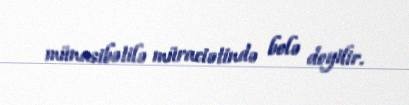
münasibətilə müraciətində belə deyilir.